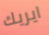
ايريك